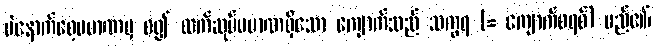
ပဲနောက်စေ့ပမာဏမှ စ၍ လက်ဆုပ်ပမာဏရှိသော ကျောက်သည် သက္ခရ (= ကျောက်စရစ်) မည်၏၊